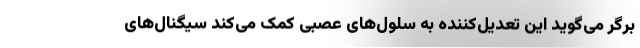
برگر می‌گوید این تعدیل‌کننده به سلول‌های عصبی کمک می‌کند سیگنال‌های